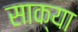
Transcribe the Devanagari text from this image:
साक्या